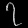
Digit: ၇